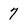
Character: 7